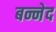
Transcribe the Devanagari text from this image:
बन्नेद